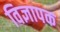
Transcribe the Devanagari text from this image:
विज्ञापक